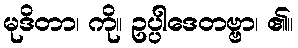
မုဒိတာ၊ ကို။ ဥပ္ပါဒေတဗ္ဗာ၊ ၏။